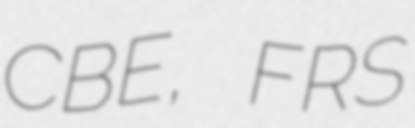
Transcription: CBE, FRS